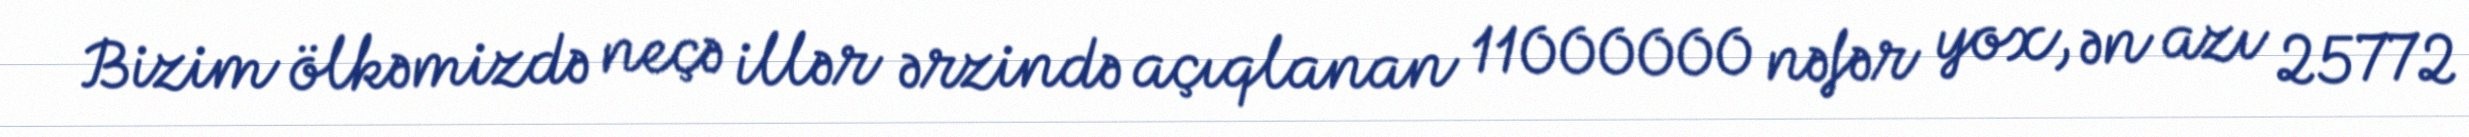
Bizim ölkəmizdə neçə illər ərzində açıqlanan 11000000 nəfər yox, ən azı 25772